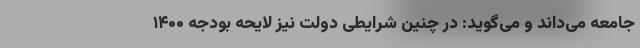
جامعه می‌داند و می‌گوید: در چنین شرایطی دولت نیز لایحه بودجه ۱۴۰۰